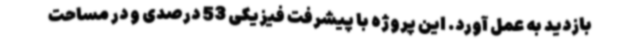
بازدید به عمل آورد. این پروژه با پیشرفت فیزیکی 53 درصدی و در مساحت